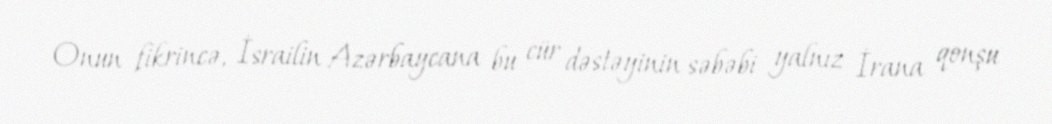
Onun fikrincə, İsrailin Azərbaycana bu cür dəstəyinin səbəbi yalnız İrana qonşu